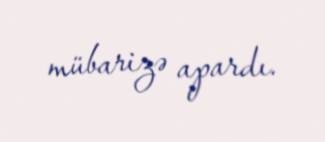
mübarizə apardı.